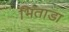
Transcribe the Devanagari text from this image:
भिंताडा